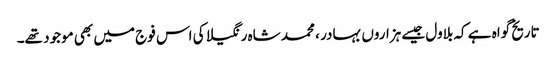
تاریخ گواہ ہے کہ بلاول جیسے ہزاروں بہادر ، محمد شاہ رنگیلا کی اس فوج میں بھی موجود تھے۔